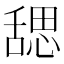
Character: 𬜉